Vaccination North-Western Provinces and Oudh 1878-1895 - 1878-1895
Year: 1878
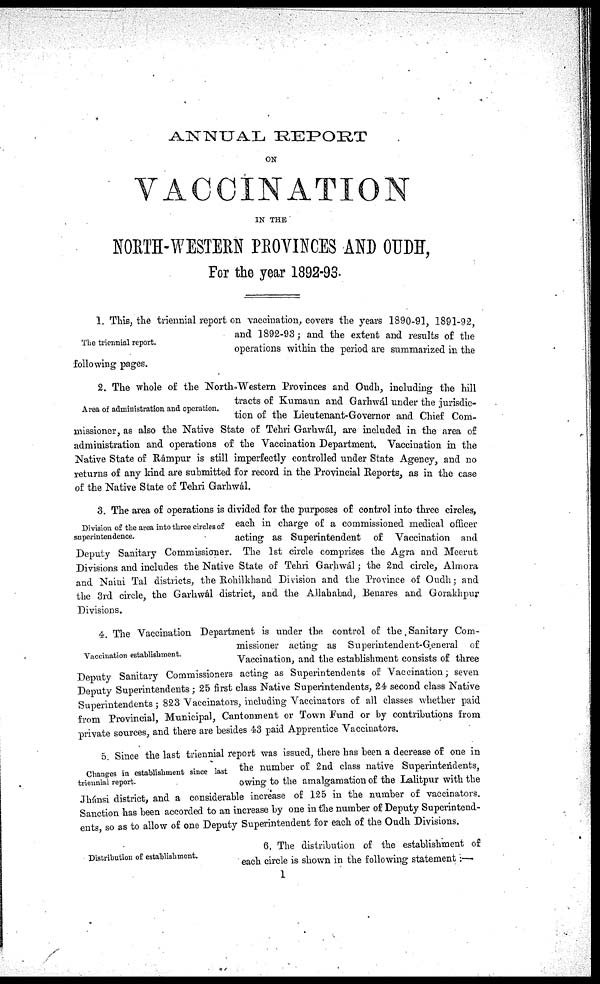
ANNUAL REPORT
ON
VACCINATION
IN THE
NORTH-WESTERN PROVINCES AND OUDH,
For the year 1892-93.
The triennial report.
1. This, the triennial report on vaccination, covers the years 1890-91, 1891-92,
and 1892-93; and the extent and results of the
operations within the period are summarized in the
following pages.
Area of administration and operation.
2. The whole of the North-Western Provinces and Oudh, including the hill
tracts of Kumaun and Garhwál under the jurisdic-
tion of the Lieutenant-Governor and Chief Com-
missioner, as also the Native State of Tehri Garhwál, are included in the area of
administration and operations of the Vaccination Department. Vaccination in the
Native State of Rámpur is still imperfectly controlled under State Agency, and no
returns of any kind are submitted for record in the Provincial Reports, as in the case
of the Native State of Tehri Garhwál.
Division of the area into three circles of
superintendence.
3. The area of operations is divided for the purposes of control into three circles,
each in charge of a commissioned medical officer
acting as Superintendent of Vaccination and
Deputy Sanitary Commissioner. The 1st circle comprises the Agra and Meerut
Divisions and includes the Native State of Tehri Garhwál; the 2nd circle, Almora
and Naini Tal districts, the Rohilkhand Division and the Province of Oudh; and
the 3rd circle, the Garhwál district, and the Allahabad, Benares and Gorakhpur
Divisions.
Vaccination establishment.
4. The Vaccination Department is under the control of the Sanitary Com-
missioner acting as Superintendent-General of
Vaccination, and the establishment consists of three
Deputy Sanitary Commissioners acting as Superintendents of Vaccination, seven
Deputy Superintendents; 25 first class Native Superintendents, 24 second class Native
Superintendents ; 823 Vaccinators, including Vaccinators of all classes whether paid
from Provincial, Municipal, Cantonment or Town Fund or by contributions from
private sources, and there are besides 43 paid Apprentice Vaccinators.
Changes in establishment since last
triennial report.
5. Since the last triennial report was issued, there has been a decrease of one in
the number of 2nd class native Superintendents,
owing to the amalgamation of the Lalitpur with the
Jhánsi district, and a considerable increase of 125 in the number of vaccinators.
Sanction has been accorded to an increase by one in the number of Deputy Superintend-
ents, so as to allow of one Deputy Superintendent for each of the Oudh Divisions.
Distribution of establishment.
6. The distribution of the establishment of
each circle is shown in the following statement:—
1